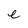
Character: e